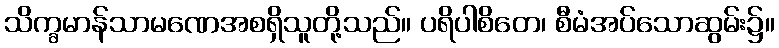
သိက္ခမာန်သာမဏေအစရှိသူတို့သည်။ ပရိပါစိတေ၊ စီမံအပ်သောဆွမ်း၌။